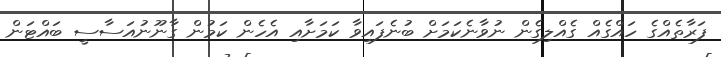
ފަރާތެއްގެ ހައްގެއް ގެއްލިގެން ނުވާނެކަމަށް ބުނެފައިވާ ކަމަށާއި އެހެން ކަމުން ގާނޫނުއަސާސީ ބައްޓަން